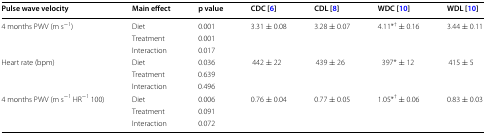
| Pulse wave velocity | Main effect | p value | CDC [6] | CDL [8] | WDC [10] | WDL [10] |
 | --- | --- | --- | --- | --- | --- | --- |
 | <ROWSPAN=3> 4 months PWV (m s−1) | Diet | 0.001 | <ROWSPAN=3> 3.31 ± 0.08 | <ROWSPAN=3> 3.28 ± 0.07 | <ROWSPAN=3> 4.11*† ± 0.16 | <ROWSPAN=3> 3.44 ± 0.11 |
 | Treatment | 0.001 |
 | Interaction | 0.017 |
 | <ROWSPAN=3> Heart rate (bpm) | Diet | 0.036 | <ROWSPAN=3> 442 ± 22 | <ROWSPAN=3> 439 ± 26 | <ROWSPAN=3> 397* ± 12 | <ROWSPAN=3> 415 ± 5 |
 | Treatment | 0.639 |
 | Interaction | 0.496 |
 | <ROWSPAN=3> 4 months PWV (m s−1 HR−1 100) | Diet | 0.006 | <ROWSPAN=3> 0.76 ± 0.04 | <ROWSPAN=3> 0.77 ± 0.05 | <ROWSPAN=3> 1.05*† ± 0.06 | <ROWSPAN=3> 0.83 ± 0.03 |
 | Treatment | 0.091 |
 | Interaction | 0.072 |